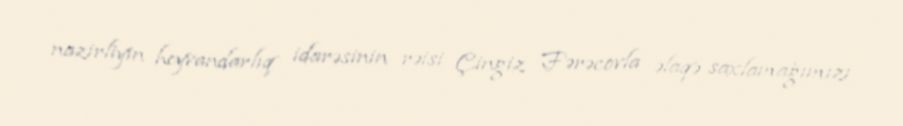
nazirliyin heyvandarlıq idarəsinin rəisi Çingiz Fərəcovla əlaqə saxlamağımızı